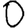
Digit: 0